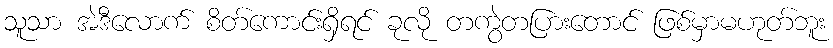
သူသာ အဲဒီလောက် စိတ်ကောင်းရှိရင် ခုလို တကွဲတပြားတောင် ဖြစ်မှာမဟုတ်ဘူး